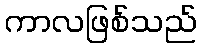
ကာလဖြစ်သည်